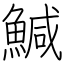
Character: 鰔